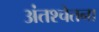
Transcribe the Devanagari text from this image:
अंतश्‍चेतना